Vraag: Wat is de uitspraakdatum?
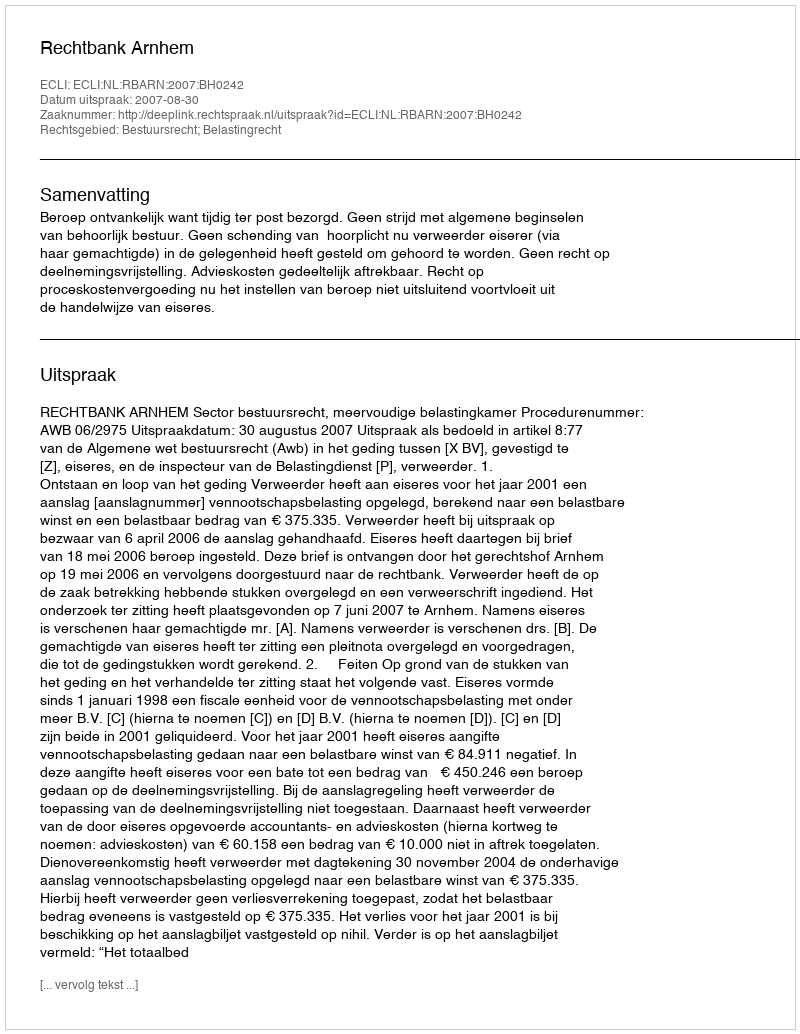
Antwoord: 2007-08-30